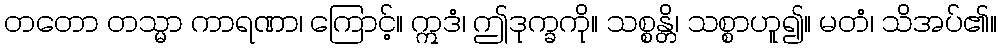
တတော တသ္မာ ကာရဏာ၊ ကြောင့်။ ဣဒံ၊ ဤဒုက္ခကို။ သစ္စန္တိ၊ သစ္စာဟူ၍။ မတံ၊ သိအပ်၏။